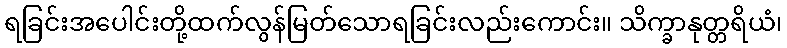
ရခြင်းအပေါင်းတို့ထက်လွန်မြတ်သောရခြင်းလည်းကောင်း။ သိက္ခာနုတ္တရိယံ၊